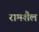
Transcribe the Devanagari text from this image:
रामशैल